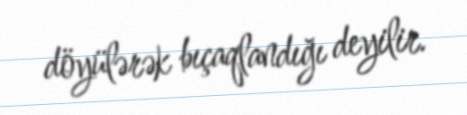
döyülərək bıçaqlandığı deyilir.